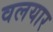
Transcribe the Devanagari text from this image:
वलयार